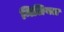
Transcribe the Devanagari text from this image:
मिलियल